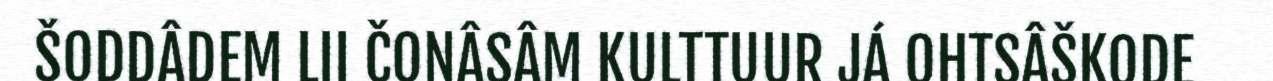
ŠODDÂDEM LII ČONÂSÂM KULTTUUR JÁ OHTSÂŠKODE